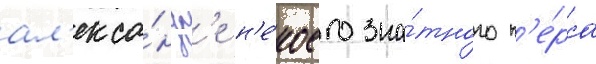
ал'екса́ндр'е н'е́коего зна́тного п'е́рса